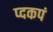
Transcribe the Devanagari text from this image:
प्दकपं